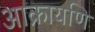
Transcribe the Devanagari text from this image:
आक्रायणि